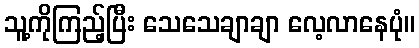
သူ့ကိုကြည့်ပြီး သေသေချာချာ လေ့လာနေပုံ။